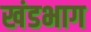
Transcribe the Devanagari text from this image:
खंडभाग